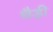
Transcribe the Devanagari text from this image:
चैड़ी